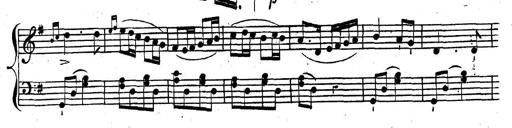
Title: Nouvelle Sonatine facile et agrÃ©able
Composer: Ignaz Moscheles
Key: G major